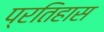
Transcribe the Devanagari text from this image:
प्रतिहास